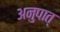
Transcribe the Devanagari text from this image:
अनुपात्